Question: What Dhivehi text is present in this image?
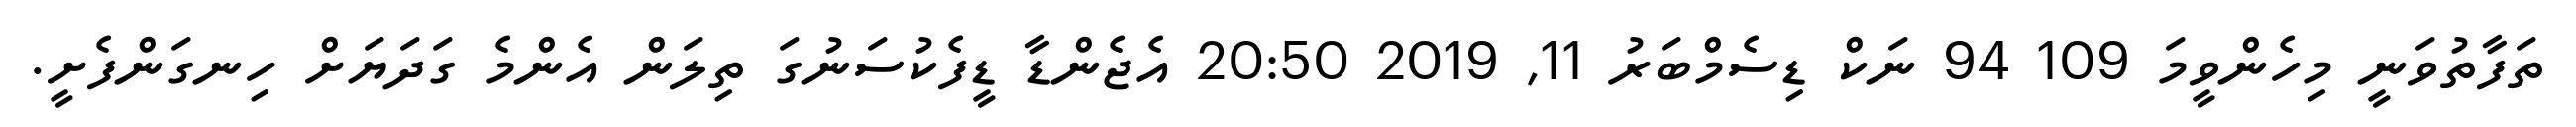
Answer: ތަފާތުވަނީ މިހެންވީމަ 109 94 ނަކް ޑިސެމްބަރު 11, 2019 20:50 އެޖެންޑާ ޑީފެކުސަނުގަ ތިލަން އެންމެ ގަދަޔަށް ހިނގަންފެށީ.